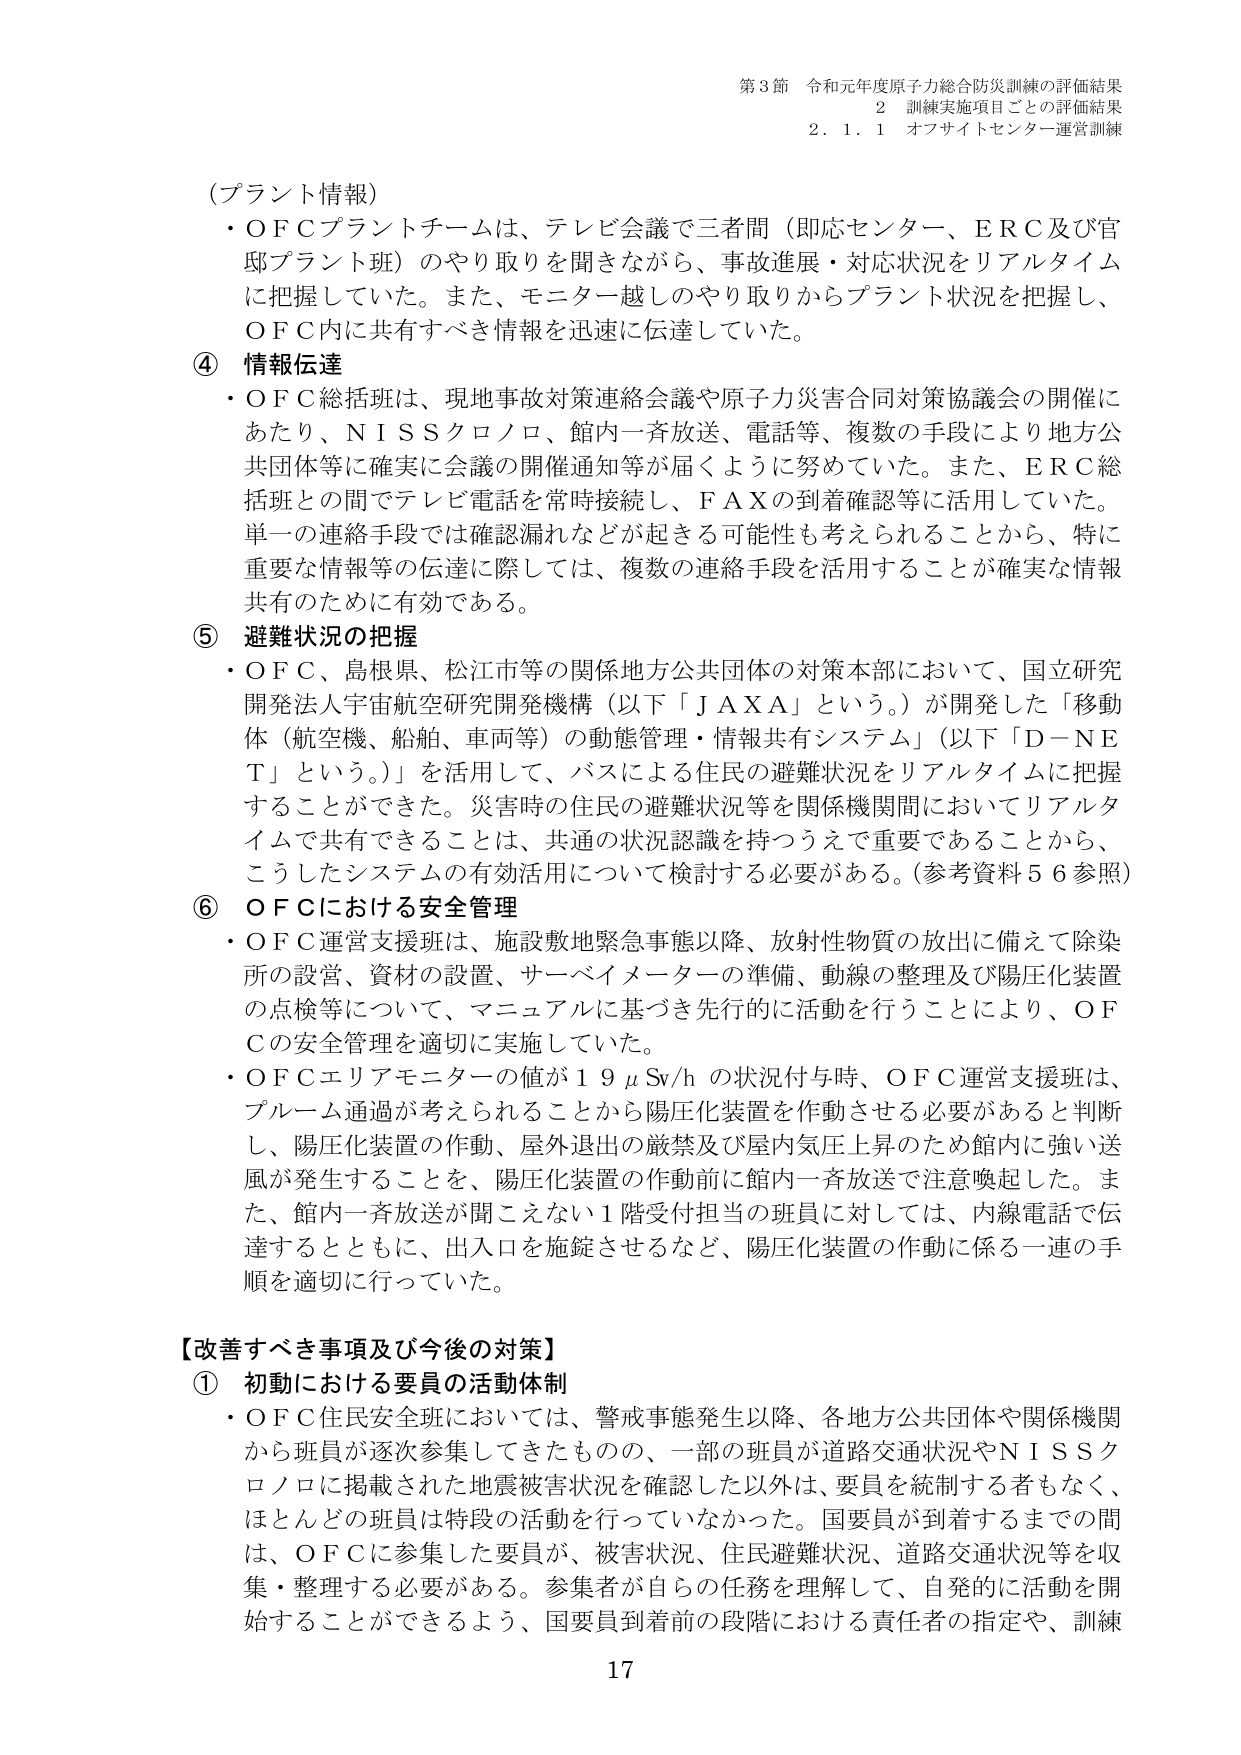
第3節 令和元年度原子力総合防災訓練の評価結果
2 訓練実施項目ごとの評価結果
2.1.1 オフサイトセンター運営訓練

（プラント情報）
・ＯＦＣプラントチームは、テレビ会議で三者間（即応センター、ＥＲＣ及び官邸プラント班）のやり取りを聞きながら、事故進展・対応状況をリアルタイムに把握していた。また、モニター越しのやり取りからプラント状況を把握し、ＯＦＣ内に共有すべき情報を迅速に伝達していた。

④ 情報伝達
・ＯＦＣ総括班は、現地事故対策連絡会議や原子力災害合同対策協議会の開催にあたり、ＮＩＳＳクロノロ、館内一斉放送、電話等、複数の手段により地方公共団体等に確実に会議の開催通知等が届くように努めていた。また、ＥＲＣ総括班との間でテレビ電話を常時接続し、ＦＡＸの到着確認等に活用していた。単一の連絡手段では確認漏れなどが起きる可能性も考えられることから、特に重要な情報等の伝達に際しては、複数の連絡手段を活用することが確実な情報共有のために有効である。

⑤ 避難状況の把握
・ＯＦＣ、島根県、松江市等の関係地方公共団体の対策本部において、国立研究開発法人宇宙航空研究開発機構（以下「ＪＡＸＡ」という。）が開発した「移動体（航空機、船舶、車両等）の動態管理・情報共有システム」（以下「Ｄ－ＮＥＴ」という。）を活用して、バスによる住民の避難状況をリアルタイムに把握することができた。災害時の住民の避難状況等を関係機関間においてリアルタイムで共有できることは、共通の状況認識を持つうえで重要であることから、こうしたシステムの有効活用について検討する必要がある。（参考資料５６参照）

⑥ ＯＦＣにおける安全管理
・ＯＦＣ運営支援班は、施設敷地緊急事態以降、放射性物質の放出に備えて除染所の設営、資材の設置、サーベイメーターの準備、動線の整理及び陽圧化装置の点検等について、マニュアルに基づき先行的に活動を行うことにより、ＯＦＣの安全管理を適切に実施していた。
・ＯＦＣエリアモニターの値が１９μＳｖ／ｈの状況付与時、ＯＦＣ運営支援班は、プルーム通過が考えられることから陽圧化装置を作動させる必要があると判断し、陽圧化装置の作動、屋外退出の厳禁及び屋内気圧上昇のため館内に強い送風が発生することを、陽圧化装置の作動前に館内一斉放送で注意喚起した。また、館内一斉放送が聞こえない１階受付担当の班員に対しては、内線電話で伝達するとともに、出入口を施錠させるなど、陽圧化装置の作動に係る一連の手順を適切に行っていた。

【改善すべき事項及び今後の対策】
① 初動における要員の活動体制
・ＯＦＣ住民安全班においては、警戒事態発生以降、各地方公共団体や関係機関から班員が逐次参集してきたものの、一部の班員が道路交通状況やＮＩＳＳクロノロに掲載された地震被害状況を確認した以外は、要員を統制する者もなく、ほとんどの班員は特段の活動を行っていなかった。国要員が到着するまでの間は、ＯＦＣに参集した要員が、被害状況、住民避難状況、道路交通状況等を収集・整理する必要がある。参集者が自らの任務を理解して、自発的に活動を開始することができるよう、国要員到着前の段階における責任者の指定や、訓練

17